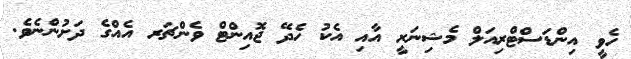
ހެވީ އިންޑަސްޓްރިއަލް މެޝިނަރީ އާއި އެކު ހެދޭ ޖޮއިންޓް ވެންޗަރ އެއްގެ ދަށުންނެވެ.